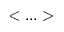
< . . . >